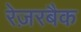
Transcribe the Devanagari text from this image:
रेज़रबैक